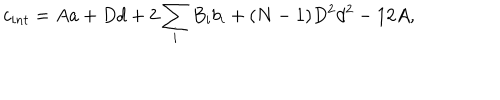
LaTeX: c _ { i n t } = A a + D d + 2 \sum _ { i } B _ { i } b _ { i } + ( N - 1 ) D ^ { 2 } d ^ { 2 } - 1 2 A ,